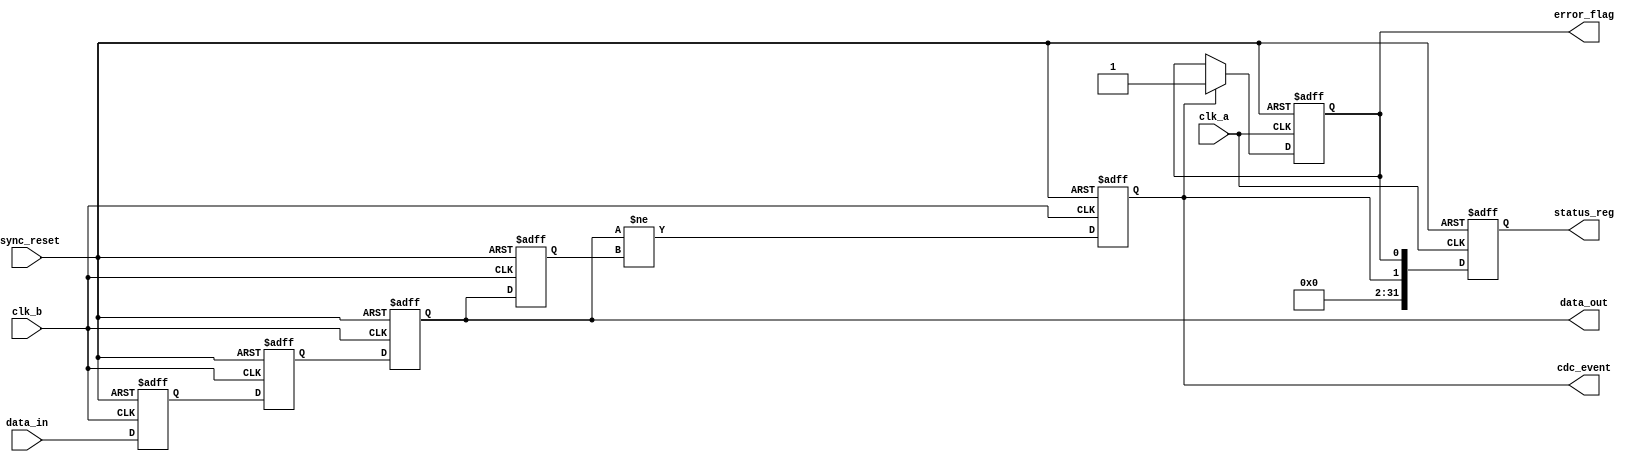
module cdc_detector (
    input wire clk_a,              // Source clock domain
    input wire clk_b,              // Destination clock domain
    input wire async_reset,        // Asynchronous reset
    input wire data_in,            // Data signal from clk_a domain
    output reg data_out,           // Synchronized data in clk_b domain
    output reg cdc_event,          // CDC event flag
    output reg error_flag,         // Error flag, asserted on CDC event
    output reg [31:0] status_reg   // Status register
);

reg data_out_prev;                // Previous value of data_out
reg data_in_sync1;                // First flip-flop for data_in synchronization
reg data_in_sync2;                // Second flip-flop for data_in synchronization

// Two-stage synchronizer in clk_b domain
always @(posedge clk_b or posedge async_reset) begin
    if (async_reset) begin
        data_in_sync1 <= 1'b0;
        data_in_sync2 <= 1'b0;
    end else begin
        data_in_sync1 <= data_in;          // Capture data_in in first flip-flop
        data_in_sync2 <= data_in_sync1;   // Capture first sync output in second flip-flop
    end
end

// Output synchronized data
always @(posedge clk_b or posedge async_reset) begin
    if (async_reset) begin
        data_out <= 1'b0;
    end else begin
        data_out <= data_in_sync2;         // Assign synchronized data to output
    end
end

// CDC event detection logic
always @(posedge clk_b or posedge async_reset) begin
    if (async_reset) begin
        data_out_prev <= 1'b0;
        cdc_event <= 1'b0;
    end else begin
        cdc_event <= (data_out != data_out_prev); // Detect change in data_out
        data_out_prev <= data_out;               // Update previous data_out value
    end
end

// Error flagging mechanism
always @(posedge clk_a or posedge async_reset) begin
    if (async_reset) begin
        error_flag <= 1'b0;
    end else begin
        if (cdc_event) begin
            error_flag <= 1'b1; // Assert error flag on event
        end else begin
            error_flag <= error_flag; // Retain previous state
        end
    end
end

// Status Register Update
always @(posedge clk_a or posedge async_reset) begin
    if (async_reset) begin
        status_reg <= 32'b0; // Clear status register
    end else begin
        status_reg[0] <= error_flag;              // Bit 0: Error Flag
        status_reg[1] <= cdc_event;               // Bit 1: CDC Event
        status_reg[31:2] <= 30'b0;                 // Reserved for other status (optional)
    end
end

endmodule